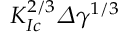
K _ { I c } ^ { 2 / 3 } \varDelta \gamma ^ { 1 / 3 }